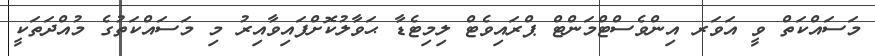
މަސައްކަތް ވީ އަވަރ އިންވެސްޓްމަންޓް ޕްރައިވެޓް ލިމިޓެޑާ ޙަވާލުކޮށްފައިވާއިރު މި މަސައްކަތުގެ މުއްދަތަކީ